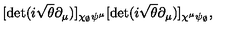
[ \det ( i \sqrt { \theta } \partial _ { \mu } ) ] _ { \chi _ { \scriptscriptstyle \emptyset } \psi ^ { \mu } } [ \det ( i \sqrt { \theta } \partial _ { \mu } ) ] _ { \chi ^ { \mu } \psi _ { \scriptscriptstyle \emptyset } } ,